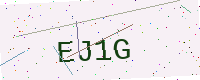
Text: EJ1G